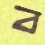
ব